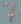
Text: 7